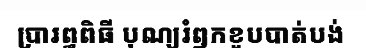
ប្រារព្ធពិធី បុណ្យរំឭកខួបបាត់បង់